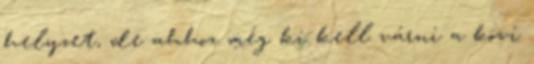
helyzet, de ahhoz még ki kell várni a kövi